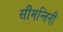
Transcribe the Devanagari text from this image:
सीमन्तिनी